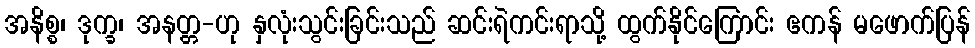
အနိစ္စ၊ ဒုက္ခ၊ အနတ္တ-ဟု နှလုံးသွင်းခြင်းသည် ဆင်းရဲကင်းရာသို့ ထွက်နိုင်ကြောင်း ဧကန် မဖောက်ပြန်